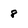
Character: 8